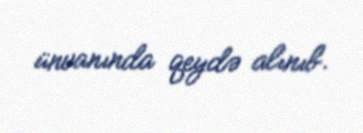
ünvanında qeydə alınıb.